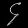
Digit: ၄